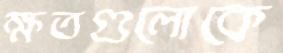
ক্ষতগুলোকে